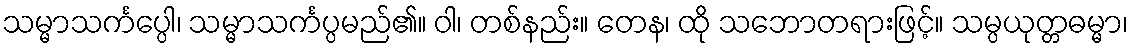
သမ္မာသင်္ကပ္ပေါ၊ သမ္မာသင်္ကပ္ပမည်၏။ ဝါ၊ တစ်နည်း။ တေန၊ ထို သဘောတရားဖြင့်။ သမ္ပယုတ္တဓမ္မာ၊